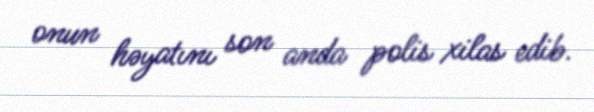
onun həyatını son anda polis xilas edib.